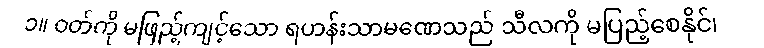
၁။ ဝတ်ကို မဖြည့်ကျင့်သော ရဟန်းသာမဏေသည် သီလကို မပြည့်စေနိုင်၊